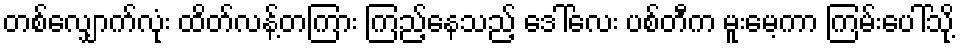
တစ်လျှောက်လုံး ထိတ်လန့်တကြား ကြည့်နေသည့် ဒေါ်လေး ပစ်တီက မူးမေ့ကာ ကြမ်းပေါ်သို့